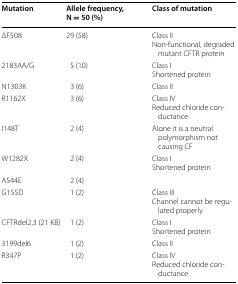
<table><thead><tr><td><b>Mutation</b></td><td><b>Allele frequency, N = 50 (%)</b></td><td><b>Class of mutation</b></td></tr></thead><tbody><tr><td>ΔF508</td><td>29 (58)</td><td>Class IINon-functional, degraded mutant CFTR protein</td></tr><tr><td>2183AA/G</td><td>5 (10)</td><td>Class IShortened protein</td></tr><tr><td>N1303K</td><td>3 (6)</td><td>Class II</td></tr><tr><td>R1162X</td><td>3 (6)</td><td>Class IVReduced chloride conductance</td></tr><tr><td>I148T</td><td>2 (4)</td><td>Alone it is a neutral polymorphism not causing CF</td></tr><tr><td>W1282X</td><td>2 (4)</td><td>Class IShortened protein</td></tr><tr><td>A544E</td><td>2 (4)</td><td></td></tr><tr><td>G155D</td><td>1 (2)</td><td>Class IIIChannel cannot be regulated properly</td></tr><tr><td>CFTRdel2,3 (21 KB)</td><td>1 (2)</td><td>Class IShortened protein</td></tr><tr><td>3199del6</td><td>1 (2)</td><td>Class II</td></tr><tr><td>R347P</td><td>1 (2)</td><td>Class IVReduced chloride conductance</td></tr></tbody></table>